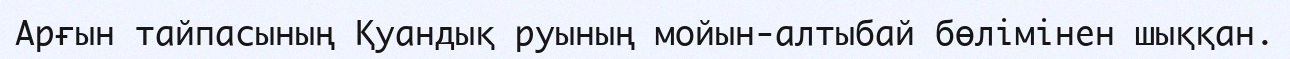
Арғын тайпасының Қуандық руының мойын-алтыбай бөлімінен шыққан.